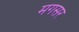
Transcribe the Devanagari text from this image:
मगसर